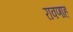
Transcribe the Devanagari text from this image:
रावणाह